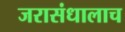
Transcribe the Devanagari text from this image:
जरासंधालाच